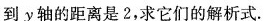
到y轴的距离是2，求它们的解析式。